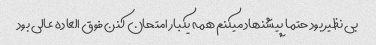
بی نظیر بود حتما پیشنهاد میکنم همه یکبار امتحان کنن فوق العاده عالی بود